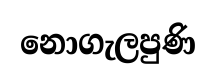
නොගැලපුණි